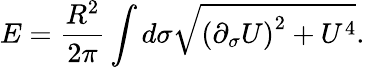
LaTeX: E=\frac{R^{2}}{2\pi}\int d\sigma\sqrt{\left(\partial_{\sigma}U\right)^{2}+U^{4}}.